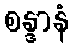
စန္ဒာနံ